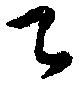
乙